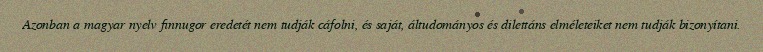
Azonban a magyar nyelv finnugor eredetét nem tudják cáfolni, és saját, áltudományos és dilettáns elméleteiket nem tudják bizonyítani.